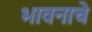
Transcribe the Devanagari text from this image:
भावनाचे